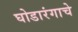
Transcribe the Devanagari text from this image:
घोडारंगाचे